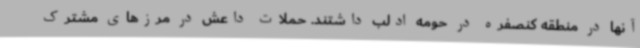
آنها در منطقه کنصفره در حومه ادلب داشتند. حملات داعش در مرزهای مشترک